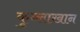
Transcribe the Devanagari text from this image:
कुब्लाखान